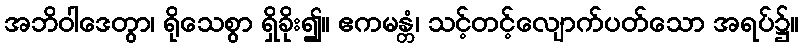
အဘိဝါဒေတွာ၊ ရိုသေစွာ ရှိခိုး၍။ ဧကမန္တံ၊ သင့်တင့်လျောက်ပတ်သော အရပ်၌။